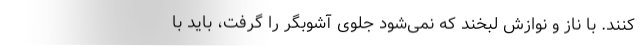
كنند. با ناز و نوازش لبخند كه نمى‌شود جلوى آشوبگر را گرفت، بايد با